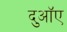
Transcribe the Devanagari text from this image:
दुआॅए